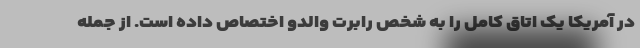
در آمریکا یک اتاق کامل را به شخص رابرت والدو اختصاص داده است. از جمله